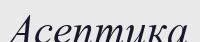
Асептика